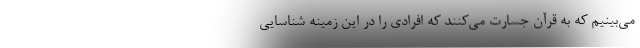
می‌بینیم که به قرآن جسارت می‌کنند که افرادی را در این زمینه شناسایی